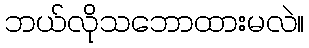
ဘယ်လိုသဘောထားမလဲ။